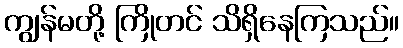
ကျွန်မတို့ ကြိုတင် သိရှိနေကြသည်။